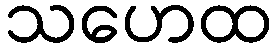
သဟေထ